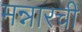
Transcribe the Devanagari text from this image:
मन्नारची